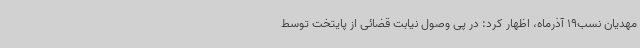
مهدیان نسب19 آذرماه، اظهار کرد: در پی وصول نیابت قضائی از پایتخت توسط